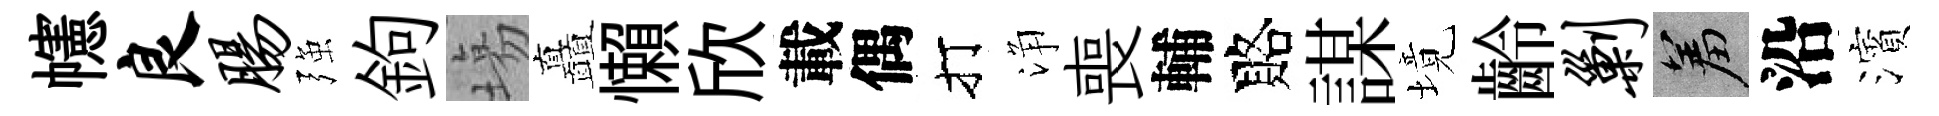
幰良肠强鉤塲矗懶欣載偶打浄喪輔賂謀境齡剿羞沿濱